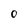
Character: 0